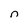
Character: n